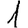
Digit: 1